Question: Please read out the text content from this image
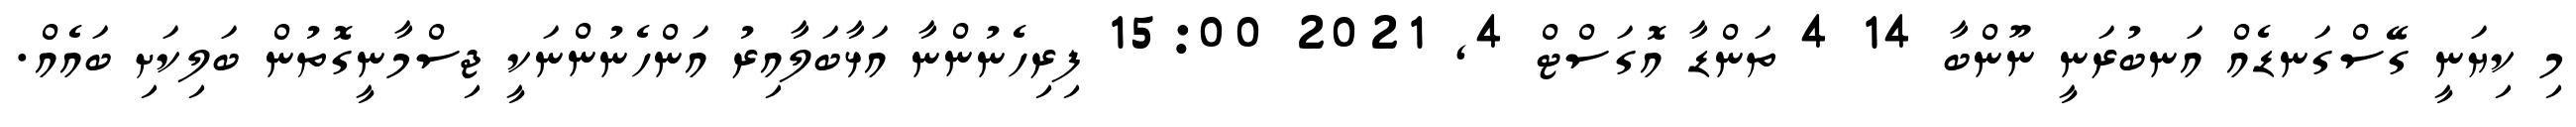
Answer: މި ކިޔަނީ ގޭސްގަނޑެއް އަނބުރަނީ ނޫންބާ 14 4 ތަންޑާ އޮގަސްޓް 4, 2021 15:00 ފިރިހެނުންނާ އަޅާބަލާއިރު އަންހެނުންނަކީ ޖިސްމާނީގޮތުން ބަލިކަށި ބައެއް.